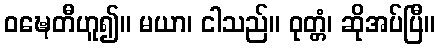
ဝဍ္ဎေတီဟူ၍။ မယာ၊ ငါသည်။ ဝုတ္တံ၊ ဆိုအပ်ပြီ။